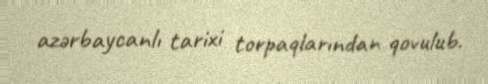
azərbaycanlı tarixi torpaqlarından qovulub.